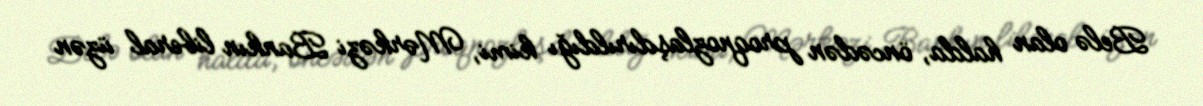
Belə olan halda, öncədən proqnozlaşdırıldığı kimi, Mərkəzi Bankın liberal üzən